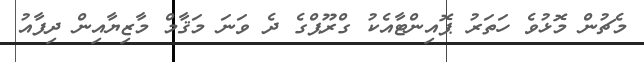
މެޗުން މޮޅުވެ ހަތަރު ޕޮއިންޓާއެކު ގްރޫޕްގެ ދެ ވަނަ މަޤާމް މާޒިޔާއިން ދިފާއު